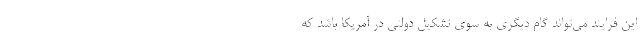
این فرایند می‌تواند گام دیگری به سوی تشکیل دولتی در آمریکا باشد که